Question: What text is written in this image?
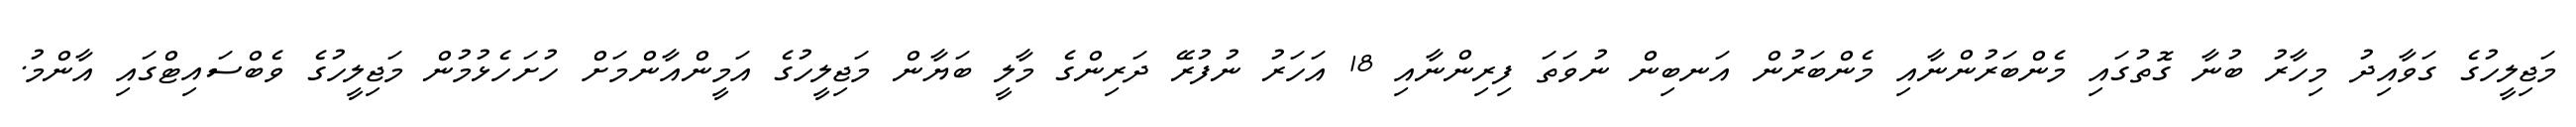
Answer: މަޖިލީހުގެ ގަވާއިދު މިހާރު ބުނާ ގޮތުގައި މެންބަރުންނާއި މެންބަރުން އަނބިން ނުވަތަ ފިރިންނާއި 18 އަހަރު ނުފުރޭ ދަރިންގެ މާލީ ބަޔާން މަޖިލީހުގެ އަމީންއާންމަށް ހުށަހެޅުމުން މަޖިލީހުގެ ވެބްސައިޓްގައި އާންމު.